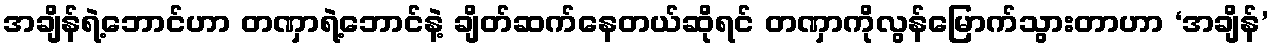
အချိန်ရဲ့ဘောင်ဟာ တဏှာရဲ့ဘောင်နဲ့ ချိတ်ဆက်နေတယ်ဆိုရင် တဏှာကိုလွန်မြောက်သွားတာဟာ ‘အချိန်’